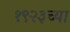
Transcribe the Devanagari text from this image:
१९२३च्या